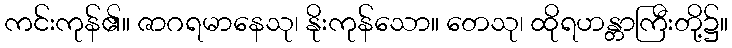
ကင်းကုန်၏။ ဇာဂရမာနေသု၊ နိုးကုန်သော။ တေသု၊ ထိုရဟန္တာကြီးတို့၌။